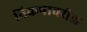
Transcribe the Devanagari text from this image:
निकषावरील